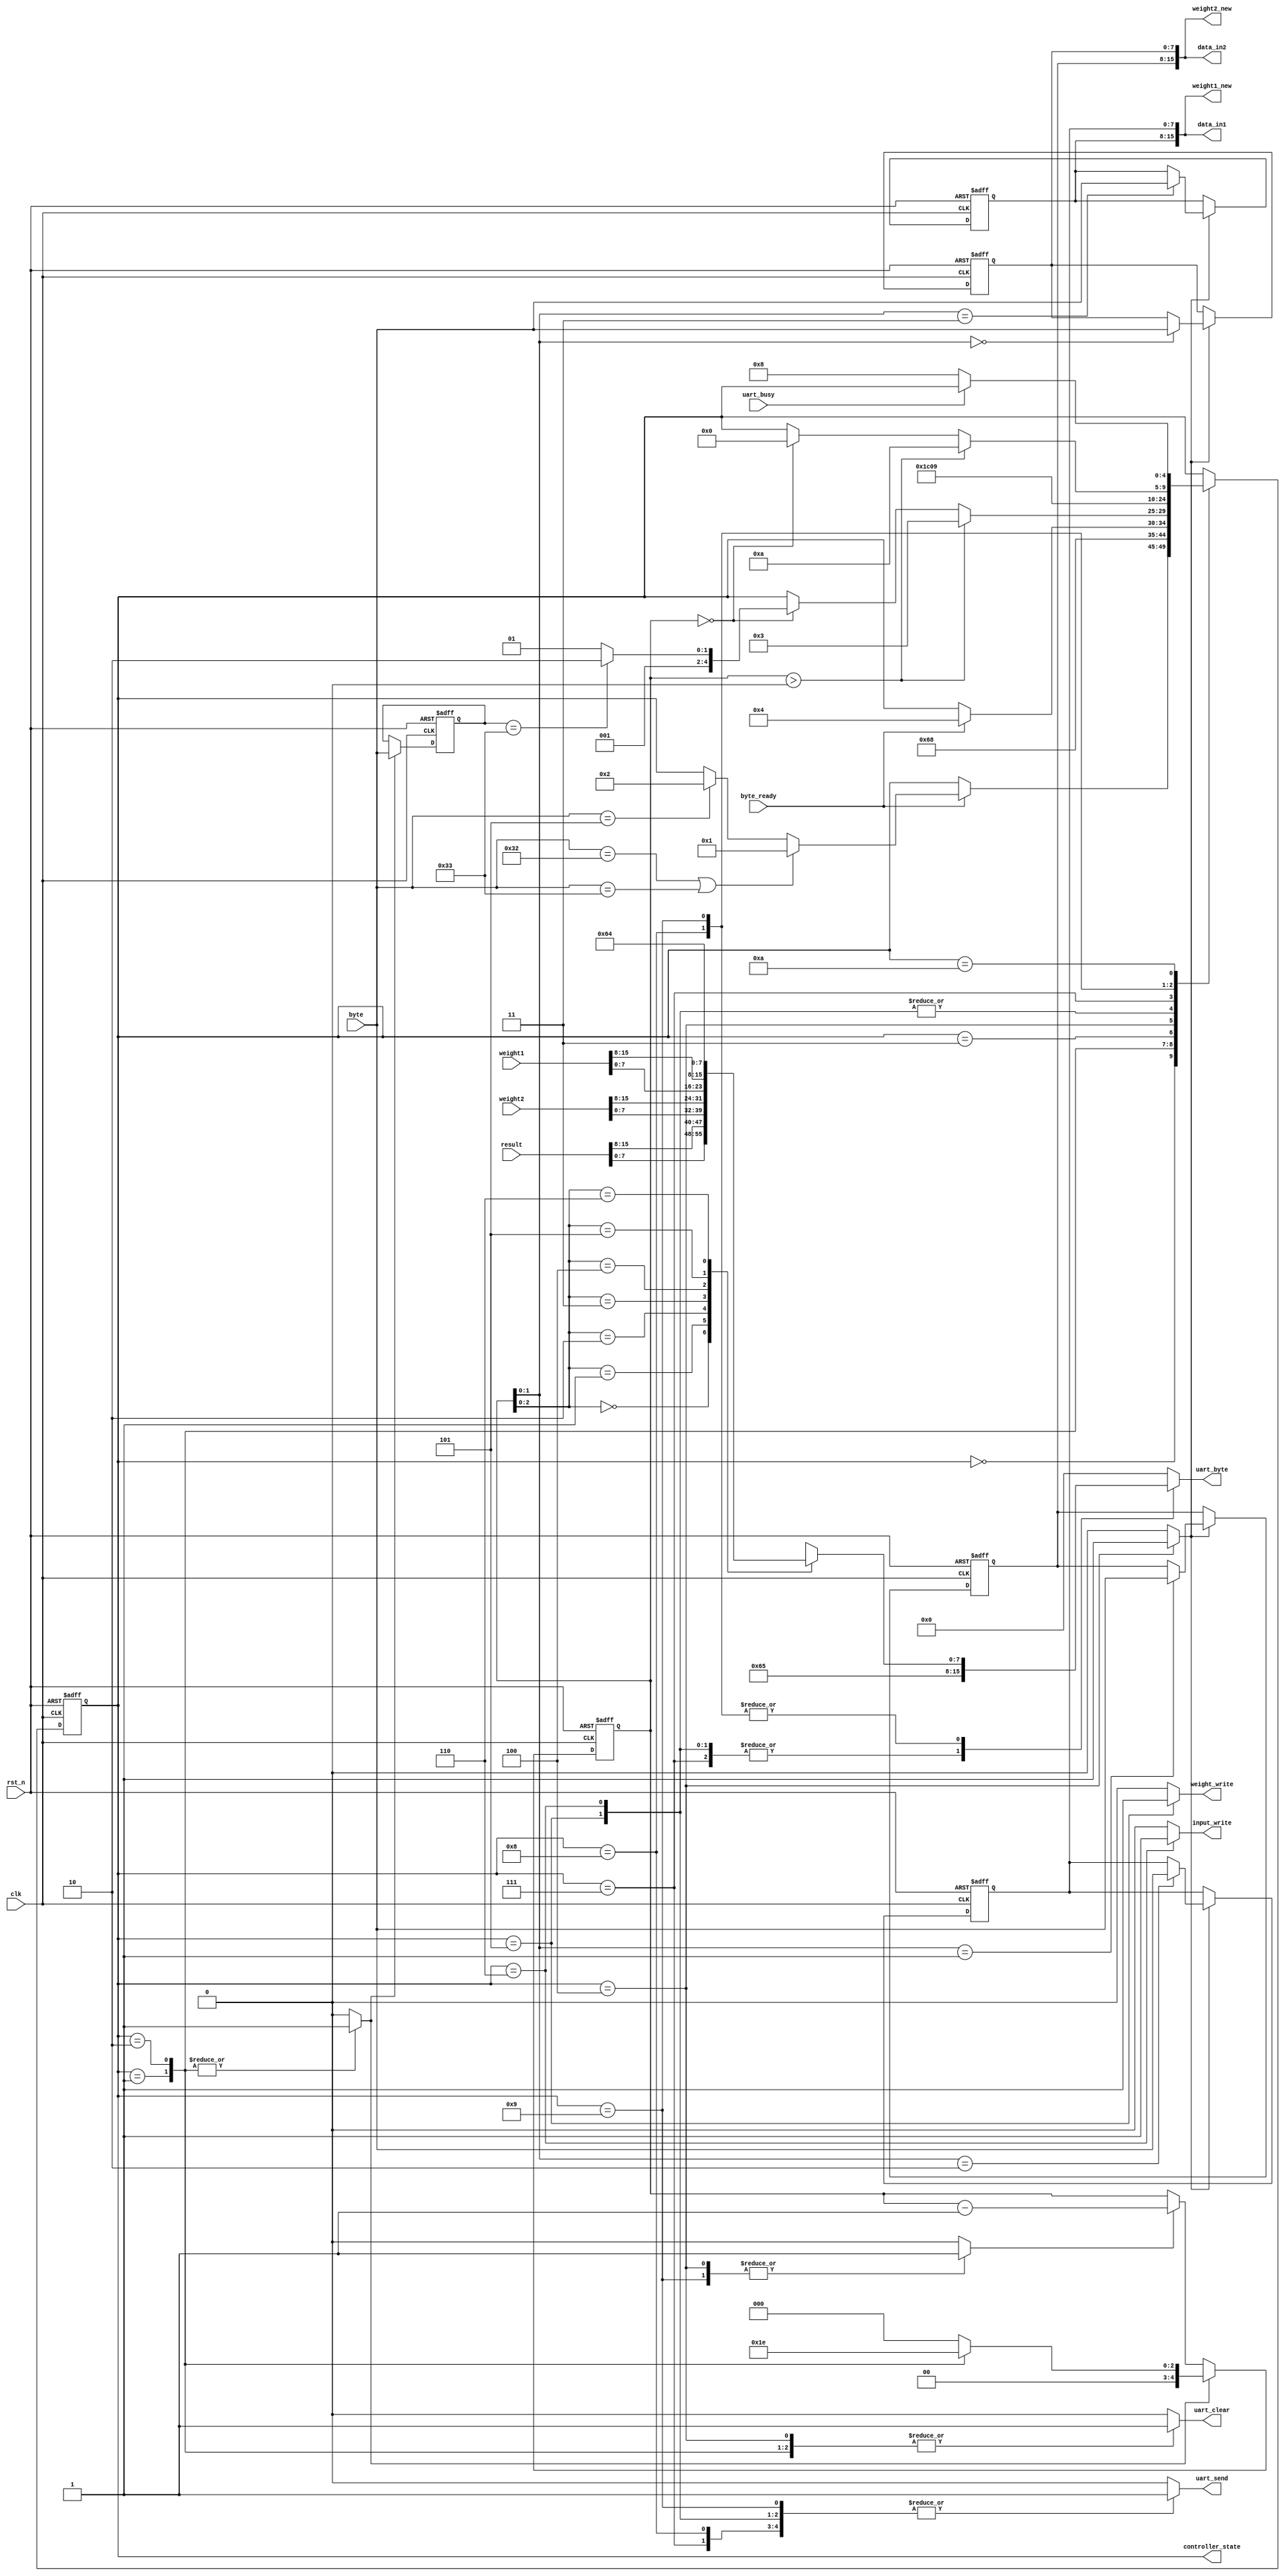
//==============================================================================
// Design name : comm_controller
// Function	   : Controller for the communications between host and perceptron
//
// Notes:
//==============================================================================

module comm_controller (

    input wire rst_n,
    input wire clk,
	
	input wire [7:0] byte,
	input wire byte_ready,
	input wire uart_busy,
	input wire [15:0] weight1,
	input wire [15:0] weight2,
	input wire [15:0] result,

	output reg [7:0]  uart_byte,
	output wire [15:0] weight1_new,
	output wire [15:0] weight2_new,
	output wire [15:0] data_in1,
	output wire [15:0] data_in2,
    output wire [4:0] controller_state,
	output reg uart_send,
	output reg uart_clear,
	output reg weight_write,
	output reg input_write
);


    parameter clock_frequency	= 12000000;
    parameter uart_baud_rate	= 9600;

    localparam integer 
        OP_READ 				= 5,
        OP_WRITE_WEIGHTS		= 50,
        OP_WRITE_INPUTS			= 51,
        OP_READ_RESPONSE		= 100,
        OP_WRITE_RESPONSE_OK 	= 101,
        OP_WRITE_RESPONSE_ERR	= 102;

    localparam integer
        WAIT_COMM_st	= 0,
        INIT_RECV_st	= 1,
        INIT_SEND_st	= 2,
        WAIT_BYTE_st	= 3,
        REG_BYTE_st		= 4,
        SEND_OK_W_st	= 5,
        SEND_OK_IN_st	= 6,
        KEEP_OK_st		= 7,
        SEND_BYTE_st	= 8,
        NEXT_VALUE_st	= 9,
        WAIT_UART_st	= 10;

    // State
    reg [4:0] state, next_state;

    // byte counter
    reg [4:0] byte_cnt, byte_cnt_val;
    reg byte_cnt_ld;
    reg byte_cnt_en;

    reg [7:0] operation;
    reg operation_ld;

    // input data buffer
    reg [7:0] data_buffer[3:0];
    reg data_buffer_ld;


    wire [7:0] curr_data[6:0];

    assign controller_state = state; 

    assign curr_data[6] = OP_READ_RESPONSE;
    assign curr_data[5] = weight1[15:8];
    assign curr_data[4] = weight1[7:0];
    assign curr_data[3] = weight2[15:8];
    assign curr_data[2] = weight2[7:0];
    assign curr_data[1] = result[15:8];
    assign curr_data[0] = result[7:0];

    assign weight1_new = {data_buffer[3], data_buffer[2]};
    assign weight2_new = {data_buffer[1], data_buffer[0]};

    assign data_in1 = {data_buffer[3], data_buffer[2]};
    assign data_in2 = {data_buffer[1], data_buffer[0]};

    // state
    always @(posedge clk, negedge rst_n) begin
        if (!rst_n) begin
            state <= WAIT_COMM_st;
        end else begin
            state <= next_state;
        end
    end

    // byte counter
    always @(posedge clk, negedge rst_n) begin
        if (!rst_n) begin
            byte_cnt <= 0;
        end else if (byte_cnt_ld) begin
            byte_cnt <= byte_cnt_val;
        end else if (byte_cnt_en) begin
            byte_cnt <= byte_cnt - 1;
        end
    end

    // operation register
    always @(posedge clk, negedge rst_n) begin
        if (!rst_n) begin
            operation <= 0;
        end else if (operation_ld) begin
            operation <= byte;
        end
    end

    // input data buffer
    always @(posedge clk, negedge rst_n) begin
        if (!rst_n) begin
            data_buffer[0] <= 0;
            data_buffer[1] <= 0;
            data_buffer[2] <= 0;
            data_buffer[3] <= 0;
        end else if (data_buffer_ld) begin
            data_buffer[byte_cnt] <= byte;
        end
    end

    // next state
    always @(*) begin
        next_state = state;
        case (state)
            WAIT_COMM_st:
                if (byte_ready) begin
                    if (byte == OP_WRITE_WEIGHTS || byte == OP_WRITE_INPUTS) begin
                        next_state = INIT_RECV_st;
                    end else if (byte == OP_READ) begin
                        next_state = INIT_SEND_st;
                    end
                end
            INIT_RECV_st:
                next_state = WAIT_BYTE_st;
            INIT_SEND_st:
                next_state = SEND_BYTE_st;
            WAIT_BYTE_st:
                if (byte_ready) begin
                    next_state = REG_BYTE_st;
                end
            REG_BYTE_st:
                if (byte_cnt > 0) begin
                    next_state = WAIT_BYTE_st;
                end else if (byte_cnt == 0) begin
                    if (operation == OP_WRITE_INPUTS) begin
                        next_state = SEND_OK_IN_st;
                    end else begin
                        next_state = SEND_OK_W_st;
                    end
                end
            SEND_OK_W_st:
                next_state = KEEP_OK_st;
            SEND_OK_IN_st:
                next_state = KEEP_OK_st;
            KEEP_OK_st:
                next_state = WAIT_COMM_st;
            SEND_BYTE_st:
                next_state = NEXT_VALUE_st;
            NEXT_VALUE_st:
                if (byte_cnt > 0) begin
                    next_state = WAIT_UART_st;
                end else if (byte_cnt == 0) begin
                    next_state = WAIT_COMM_st;
                end
            WAIT_UART_st:
                if (!uart_busy) begin
                    next_state = SEND_BYTE_st;
                end
        endcase
    end


    // output logic
    always @(state, curr_data[0], curr_data[1], curr_data[2], curr_data[3], curr_data[4], curr_data[5], curr_data[6]) begin
        byte_cnt_val = 0;
        byte_cnt_ld = 0;
        byte_cnt_en = 0;

        data_buffer_ld = 0;

        operation_ld = 0;
        uart_byte = 0;
        uart_send = 0;
        uart_clear = 0;

        weight_write = 0;
        input_write = 0;

        case (state)
            //WAIT_COMM_st:
                // nothing
            INIT_RECV_st: begin
                uart_clear = 1;
                operation_ld = 1;
                byte_cnt_val = 3;
                byte_cnt_ld = 1;
            end
            INIT_SEND_st: begin
                uart_clear = 1;
                operation_ld = 1;
                byte_cnt_val = 6;
                byte_cnt_ld = 1;
            end
            //WAIT_BYTE_st: 
                // nothing
            REG_BYTE_st: begin
                uart_clear = 1;
                byte_cnt_en = 1;
                data_buffer_ld = 1;
            end
            SEND_OK_W_st: begin
                weight_write = 1;
                uart_byte = OP_WRITE_RESPONSE_OK;
                uart_send = 1;
            end
            SEND_OK_IN_st: begin
                input_write = 1;
                uart_byte = OP_WRITE_RESPONSE_OK;
                uart_send = 1;
            end
            KEEP_OK_st: begin
                uart_byte = OP_WRITE_RESPONSE_OK;
                uart_send = 1;
            end
            SEND_BYTE_st: begin
                uart_byte = curr_data[byte_cnt]; 
                uart_send = 1;
            end
            NEXT_VALUE_st: begin
                byte_cnt_en = 1;
                uart_byte = curr_data[byte_cnt]; 
                uart_send = 1;
            end
            //WAIT_UART_st:
                // nothing
        endcase
end
endmodule